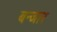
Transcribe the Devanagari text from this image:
बन्जार